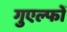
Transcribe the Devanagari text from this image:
गुएल्फों